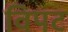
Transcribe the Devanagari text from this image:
विपट